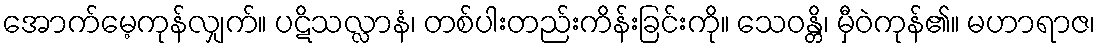
အောက်မေ့ကုန်လျှက်။ ပဋိသလ္လာနံ၊ တစ်ပါးတည်းကိန်းခြင်းကို။ သေဝန္တိ၊ မှီဝဲကုန်၏။ မဟာရာဇ၊